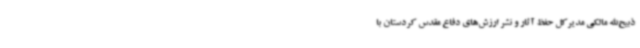
ذبیح‌الله مالکی مدیرکل حفظ آثار و نشر ارزش‌های دفاع مقدس کردستان با